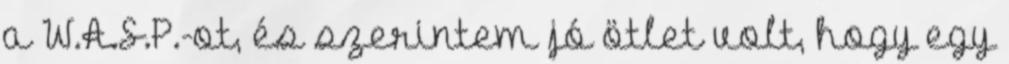
a W.A.S.P.-ot, és szerintem jó ötlet volt, hogy egy